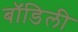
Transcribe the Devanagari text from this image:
बॉडिली